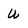
Character: u